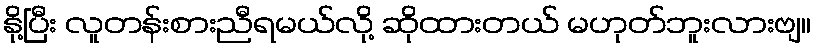
နို့ပြီး လူတန်းစားညီရမယ်လို့ ဆိုထားတယ် မဟုတ်ဘူးလားဗျ။